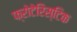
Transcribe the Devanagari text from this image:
फ्रोटेरिस्टिक